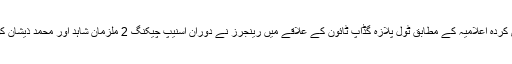
بدھ کو جاری کردہ اعلامیہ کے مطابق ٹول پلازہ گڈاپ ٹائون کے علاقے میں رینجرز نے دوران اسنیپ چیکنگ 2 ملزمان شاہد اور محمد ذیشان کو گرفتار کیا۔